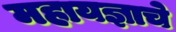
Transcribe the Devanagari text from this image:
महायज्ञाचे